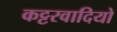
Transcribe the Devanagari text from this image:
कट्टरवादियो